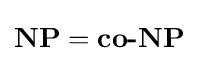
\mathbf {NP} ={\textbf {co-NP}}